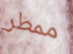
ممطر